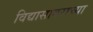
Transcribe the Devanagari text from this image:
विद्यासागराच्या